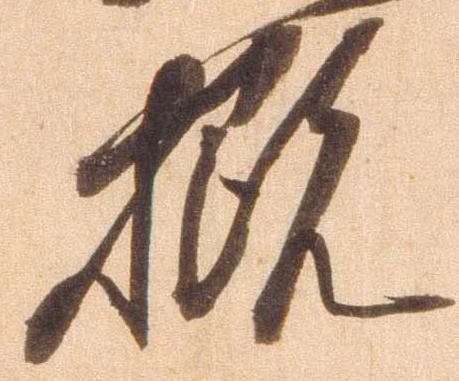
概